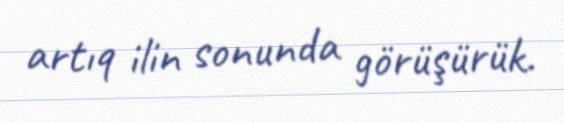
artıq ilin sonunda görüşürük.